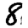
Digit: 8